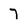
Character: 7